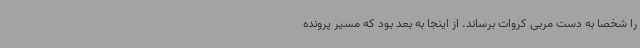
را شخصا به دست مربی کروات برساند. از اینجا به بعد بود که مسیر پرونده